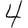
Digit: 4